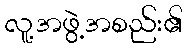
လူ့အဖွဲ့အစည်း၏